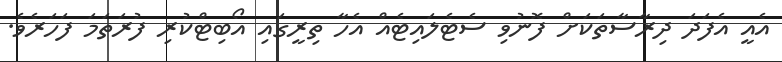
އެއީ އެފަދަ ދިރާސާތަކަށް ފޮނުވި ސެޓެލައިޓެއް އެހާ ތިރީގައި އޯބިޓްކުރި ފުރަތަމަ ފަހަރެވެ.